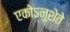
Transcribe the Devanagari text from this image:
एकोऽनुशेते